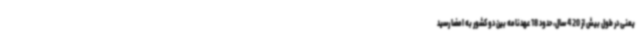
یعنی در طول بیش از 420 سال، حدود 18 عهدنامه بین دو کشور به امضا رسید